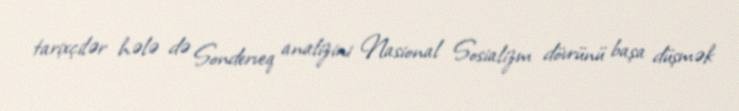
tarixçilər hələ də Sonderveq analizini Nasional Sosializm dövrünü başa düşmək